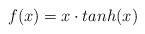
LaTeX: \begin{align*}f(x)=x\cdot{tanh(x)} \end{align*}